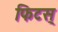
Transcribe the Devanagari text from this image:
फिटस्‌